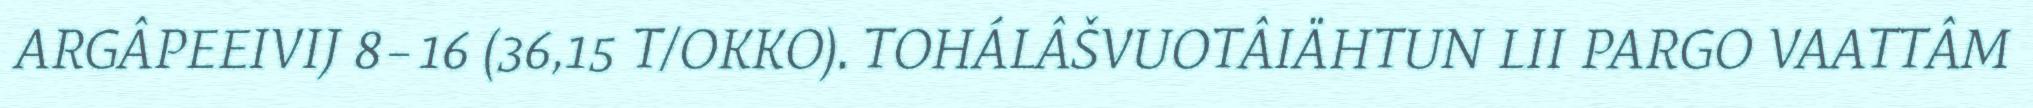
ARGÂPEEIVIJ 8–16 (36,15 T/OKKO). TOHÁLÂŠVUOTÂIÄHTUN LII PARGO VAATTÂM